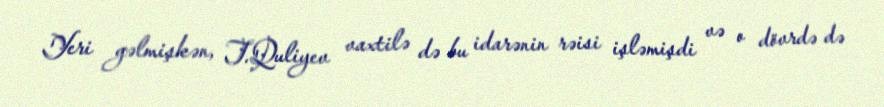
Yeri gəlmişkən, T.Quliyev vaxtilə də bu idarənin rəisi işləmişdi və o dövrdə də